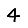
Digit: 4